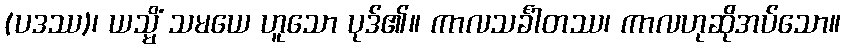
(ပဒဿ)၊ ယသ္မိံ သမယေ ဟူသော ပုဒ်၏။ ကာလသင်္ခါတဿ၊ ကာလဟုဆိုအပ်သော။